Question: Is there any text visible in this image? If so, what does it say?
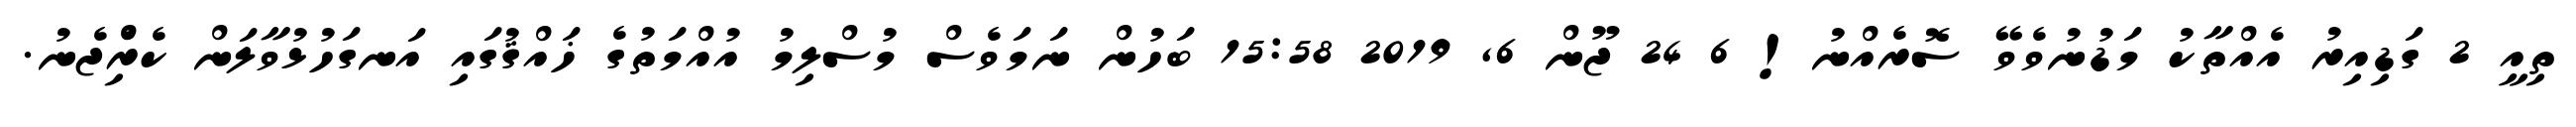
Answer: ތިއީ 2 ގަޑިއިރު އެއްތާކު މަޑުނުވެވޭ ސޮރެއްނު! 6 24 ޖޫން 6, 2019 15:58 ބަހުން ނަމަވެސް މުސްލިމު އުއްމަތުގެ ޚައްޤުގައި އަނގަހުޅުވާލަން ކެރިެްޖެނު.